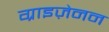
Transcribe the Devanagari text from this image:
ग्राइज़ेनन